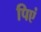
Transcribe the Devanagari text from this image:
पिएं